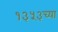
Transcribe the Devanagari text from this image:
१३५३च्या